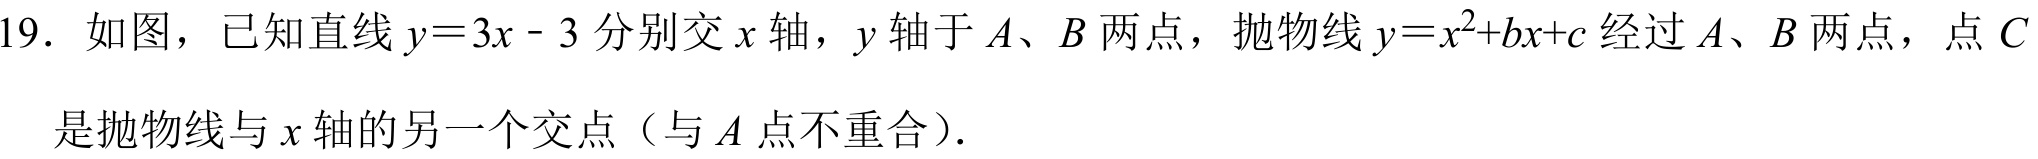
19. 如图，已知直线\(y = 3x - 3\)分别交\(x\)轴，\(y\)轴于\(A\)、\(B\)两点，抛物线\(y = x^{2}+bx + c\)经过\(A\)、\(B\)两点，点\(C\)是抛物线与\(x\)轴的另一个交点（与\(A\)点不重合）.